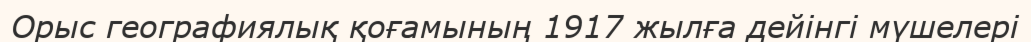
Орыс географиялық қоғамының 1917 жылға дейінгі мүшелері